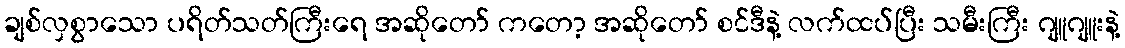
ချစ်လှစွာသော ပရိတ်သတ်ကြီးရေ အဆိုတော် ကတော့ အဆိုတော် စင်ဒီနဲ့ လက်ထပ်ပြီး သမီးကြီး ဂျူဂျူးနဲ့